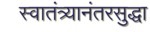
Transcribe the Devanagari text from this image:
स्वातंत्र्यानंतरसुद्धा